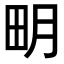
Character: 𤰾